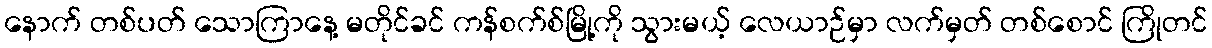
နောက် တစ်ပတ် သောကြာနေ့ မတိုင်ခင် ကန်စက်စ်မြို့ကို သွားမယ့် လေယာဉ်မှာ လက်မှတ် တစ်စောင် ကြိုတင်